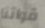
قواتنا